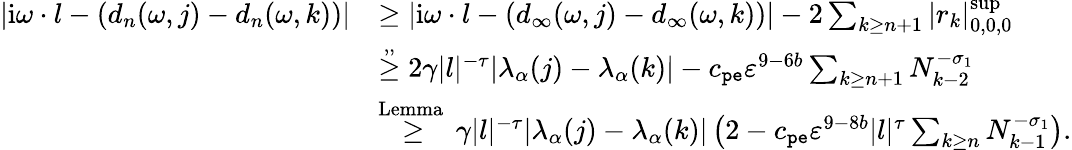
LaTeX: \begin{array}{rl}{|\mathrm{i}\omega\cdot l-(d_{n}(\omega,j)-d_{n}(\omega,k))|}&{\ge|\mathrm{i}\omega\cdot l-(d_{\infty}(\omega,j)-d_{\infty}(\omega,k))|-2\sum_{k\ge n+1}|r_{k}|_{0,0,0}^{\operatorname*{sup}}}\\ &{\overset{,,}\ge 2\gamma|l|^{-\tau}|\lambda_{\alpha}(j)-\lambda_{\alpha}(k)|-c_{\mathtt{pe}}\varepsilon^{9-6b}\sum_{k\ge n+1}N_{k-2}^{-\sigma_{1}}}\\ &{\overset{\mathrm{Lemma~}}\ge\gamma|l|^{-\tau}|\lambda_{\alpha}(j)-\lambda_{\alpha}(k)|\left(2-c_{\mathtt{pe}}\varepsilon^{9-8b}|l|^{\tau}\sum_{k\ge n}N_{k-1}^{-\sigma_{1}}\right).}\end{array}